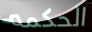
الحكمه